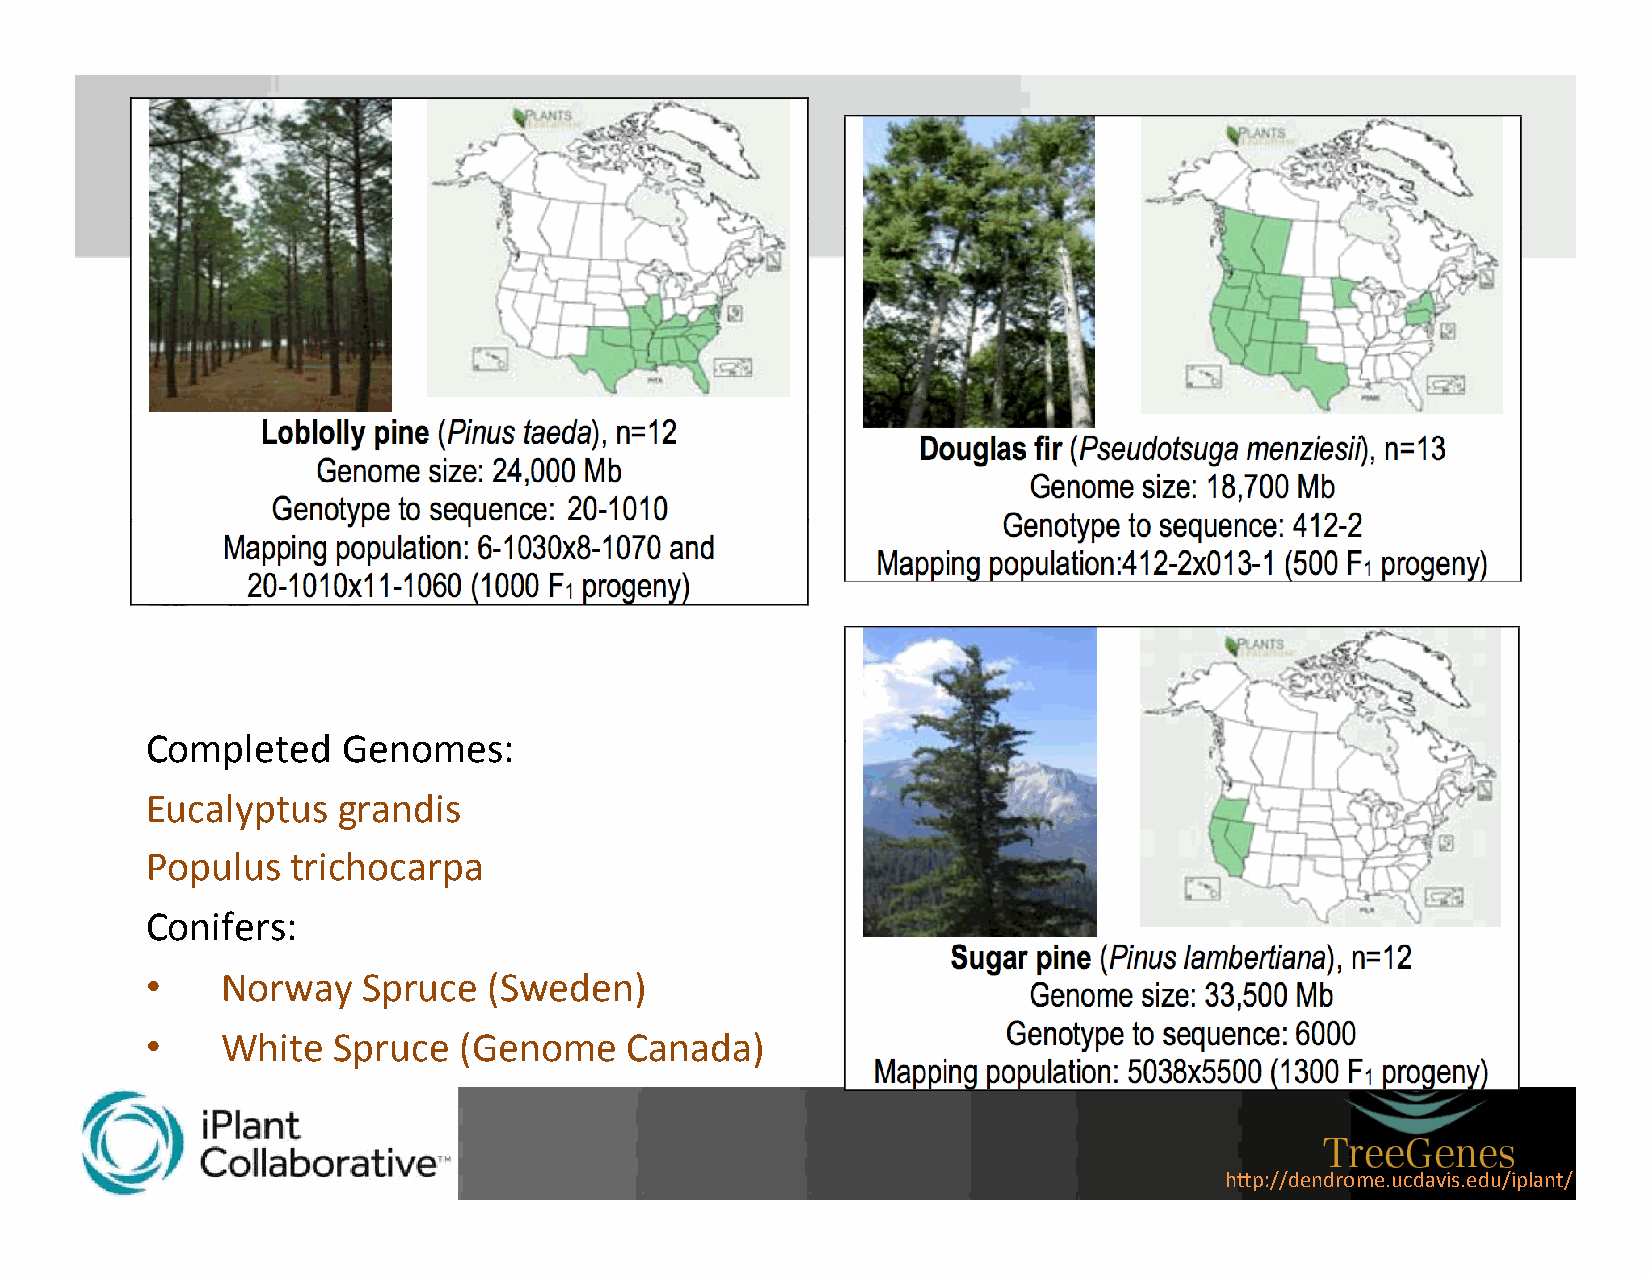
Completed    Genomes:
 Eucalyptus  grandis
 Populus  trichocarpa
 Conifers:
 •    Norway   Spruce  (Sweden)
 •    White  Spruce  (Genome    Canada)
 h"p://dendrome.ucdavis.edu/iplant/